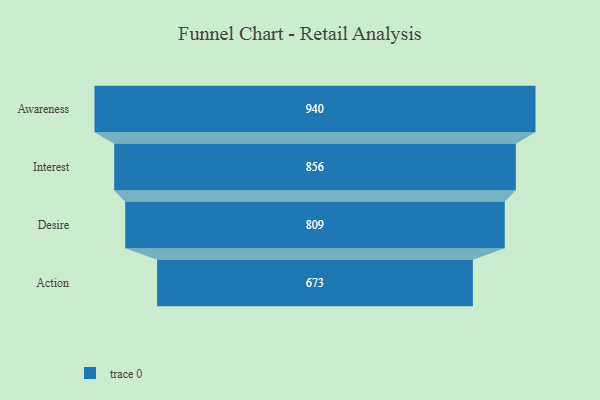
{"axis": {"x": "Stage", "y": "Value"}, "legend": [""], "data": [{"x": "Awareness", "y": 940.0, "type": ""}, {"x": "Interest", "y": 856.0, "type": ""}, {"x": "Desire", "y": 809.0, "type": ""}, {"x": "Action", "y": 673.0, "type": ""}]}